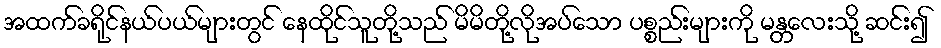
အထက်ခရိုင်နယ်ပယ်များတွင် နေထိုင်သူတို့သည် မိမိတို့လိုအပ်သော ပစ္စည်းများကို မန္တလေးသို့ ဆင်း၍